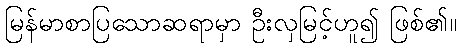
မြန်မာစာပြသောဆရာမှာ ဦးလှမြင့်ဟူ၍ ဖြစ်၏။